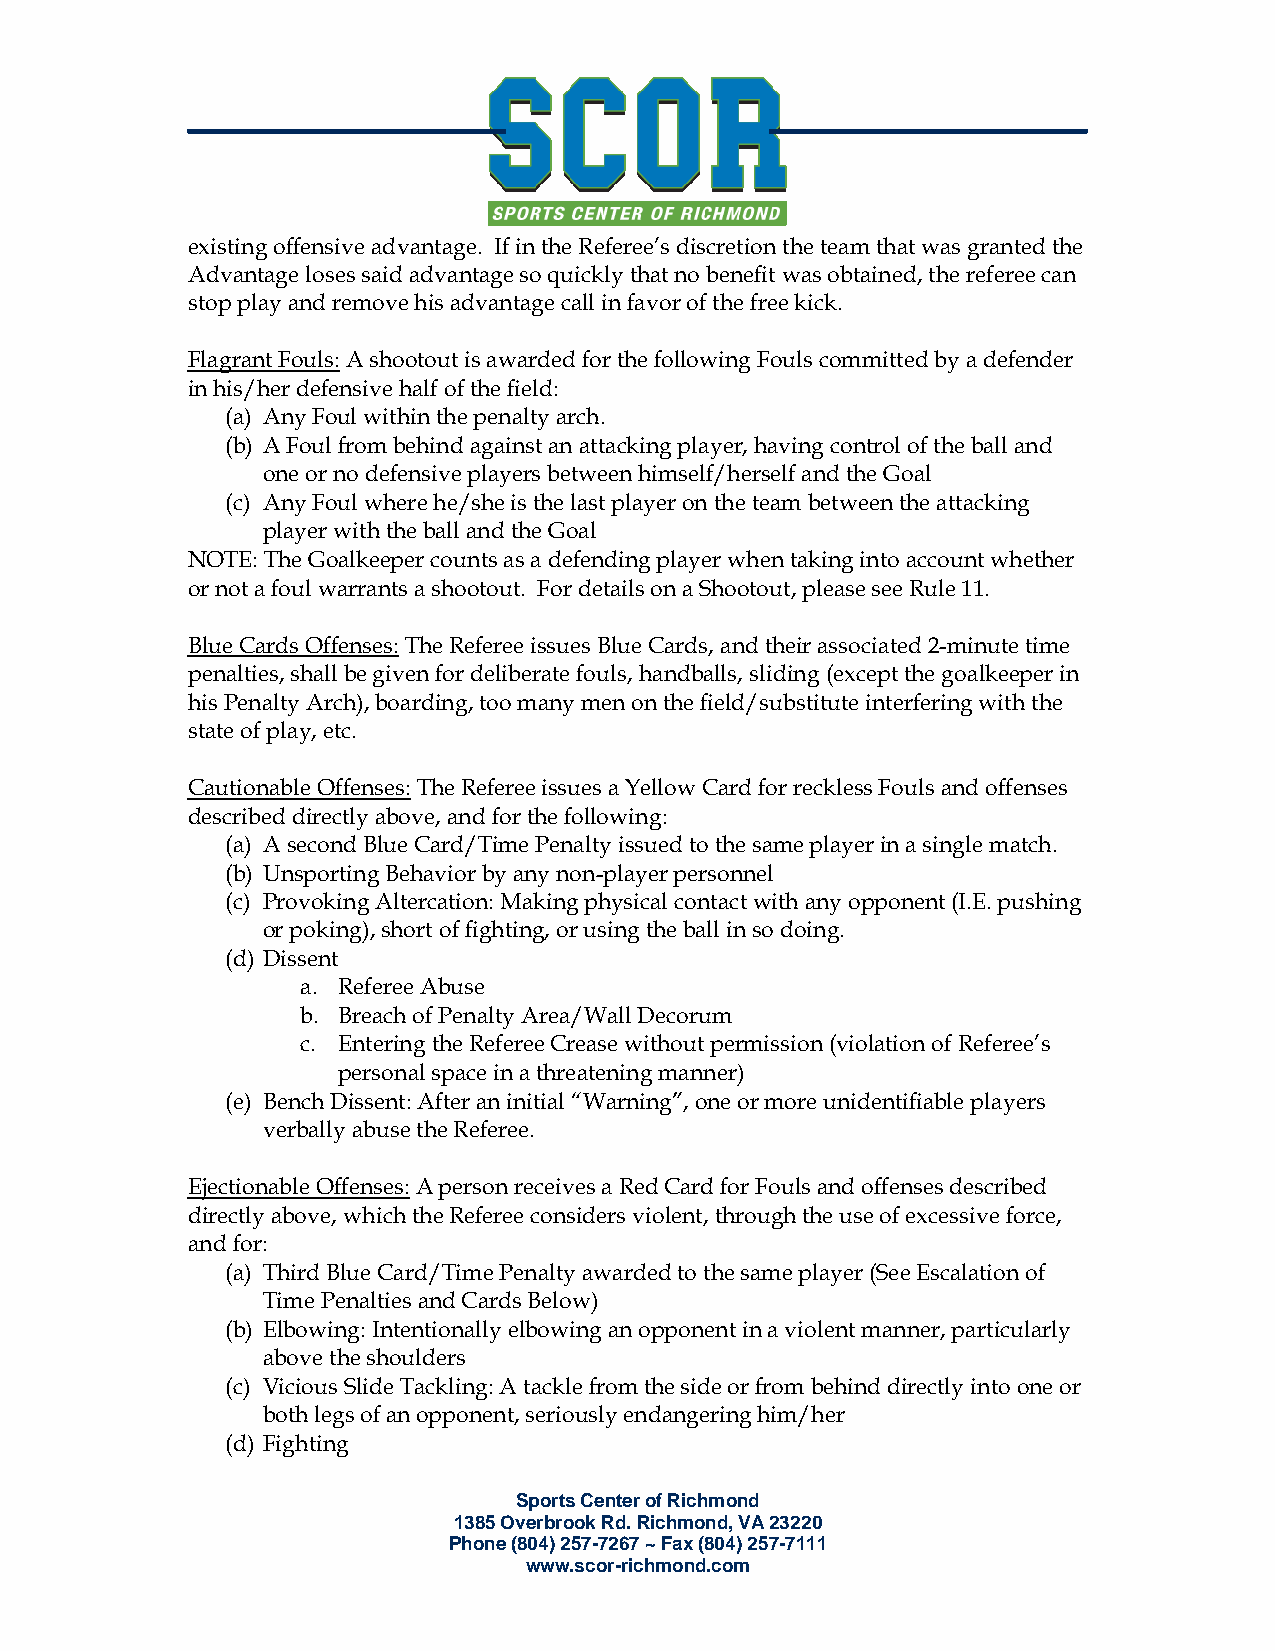
existing offensive advantage. If in the Referee’s discretion the team that was granted the
 Advantage loses said advantage so quickly that no benefit was obtained, the referee can
 stop play and remove his advantage call in favor of the free kick.
 Flagrant Fouls: A shootout is awarded for the following Fouls committed by a defender
 in his/her defensive half of the field:
 (a) Any Foul within the penalty arch.
 (b) A Foul from behind against an attacking player, having control of the ball and
 one or no defensive players between himself/herself and the Goal
 (c) Any Foul where he/she is the last player on the team between the attacking
 player with the ball and the Goal
 NOTE: The Goalkeeper counts as a defending player when taking into account whether
 or not a foul warrants a shootout. For details on a Shootout, please see Rule 11.
 Blue Cards Offenses: The Referee issues Blue Cards, and their associated 2-minute time
 penalties, shall be given for deliberate fouls, handballs, sliding (except the goalkeeper in
 his Penalty Arch), boarding, too many men on the field/substitute interfering with the
 state of play, etc.
 Cautionable Offenses: The Referee issues a Yellow Card for reckless Fouls and offenses
 described directly above, and for the following:
 (a) A second Blue Card/Time Penalty issued to the same player in a single match.
 (b) Unsporting Behavior by any non-player personnel
 (c) Provoking Altercation: Making physical contact with any opponent (I.E. pushing
 or poking), short of fighting, or using the ball in so doing.
 (d) Dissent
 a. Referee Abuse
 b. Breach of Penalty Area/Wall Decorum
 c. Entering the Referee Crease without permission (violation of Referee’s
 personal space in a threatening manner)
 (e) Bench Dissent: After an initial “Warning”, one or more unidentifiable players
 verbally abuse the Referee.
 Ejectionable Offenses: A person receives a Red Card for Fouls and offenses described
 directly above, which the Referee considers violent, through the use of excessive force,
 and for:
 (a) Third Blue Card/Time Penalty awarded to the same player (See Escalation of
 Time Penalties and Cards Below)
 (b) Elbowing: Intentionally elbowing an opponent in a violent manner, particularly
 above the shoulders
 (c) Vicious Slide Tackling: A tackle from the side or from behind directly into one or
 both legs of an opponent, seriously endangering him/her
 (d) Fighting
 Sports Center of Richmond
 1385 Overbrook Rd. Richmond, VA 23220
 Phone (804) 257-7267 ~ Fax (804) 257-7111
 www.scor-richmond.com